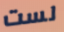
لست